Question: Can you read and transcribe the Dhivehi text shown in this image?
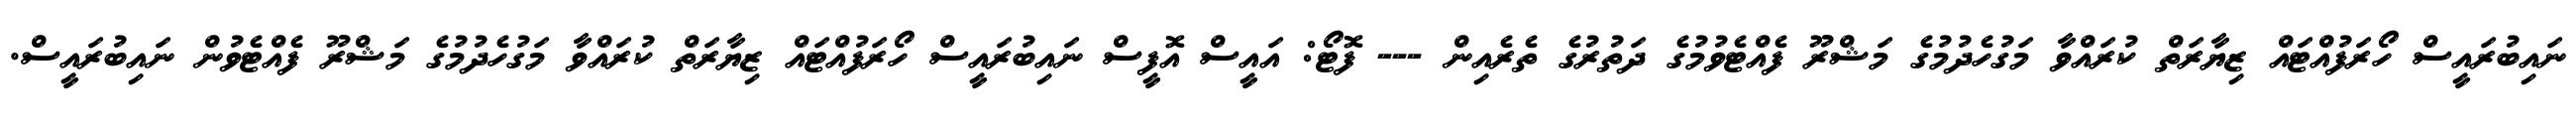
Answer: ނައިބުރައީސް ހޯރަފުއްޓައް ޒިޔާރަތް ކުރައްވާ މަގުހެދުމުގެ މަޝްރޫ ފެއްޓެވުމުގެ ދަތުރުގެ ތެރެއިން --- ފޮޓޯ: އައީސް އޮފީސް ނައިބުރައީސް ހޯރަފުއްޓައް ޒިޔާރަތް ކުރައްވާ މަގުހެދުމުގެ މަޝްރޫ ފެއްޓެވުން ނައިބުރައީސް.